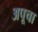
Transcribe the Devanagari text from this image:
अपूचा